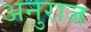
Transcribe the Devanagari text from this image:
अनुराज